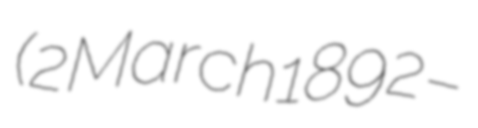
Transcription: (2 March 1892 –